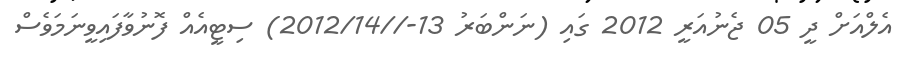
އެލްއަށް ދީ 05 ޖެނުއަރީ 2012 ގައި (ނަންބަރު 13-//2012/14) ސިޓީއެއް ފޮނުވާފައިވީނަމަވެސް